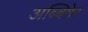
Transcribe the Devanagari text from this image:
अब्बिगेर